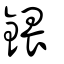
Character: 鍡